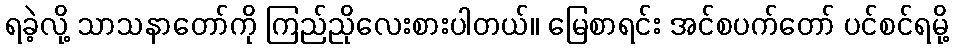
ရခဲ့လို့ သာသနာတော်ကို ကြည်ညိုလေးစားပါတယ်။ မြေစာရင်း အင်စပက်တော် ပင်စင်ရမို့